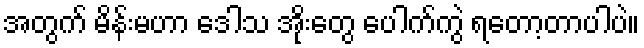
အတွက် မိန်းမဟာ ဒေါသ အိုးတွေ ပေါက်ကွဲ ရတော့တာပါပဲ။